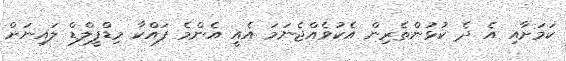
ކަމަށާއި އެ ދެ ކުޅުންތެރިން އެކުވެއްޖެނަމަ އެއީ އެންމެ ފައްކާ މިޑްފީލްޑް ލައިނަށް